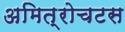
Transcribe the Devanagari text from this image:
अमित्रोचटस